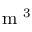
\textrm { m } ^ { 3 }